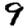
Digit: 9